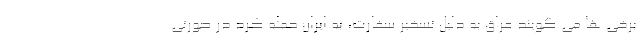
برخی ها می گویند عراق به دلیل تسخیر سفارت، به ایران حمله کرد در صورتی